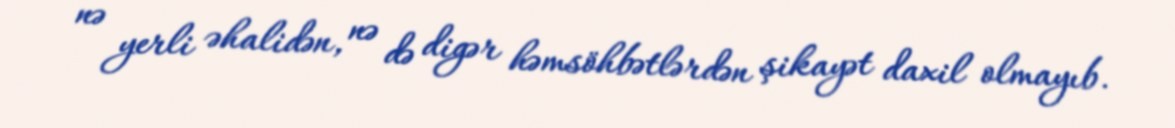
nə yerli əhalidən, nə də digər həmsöhbətlərdən şikayət daxil olmayıb.